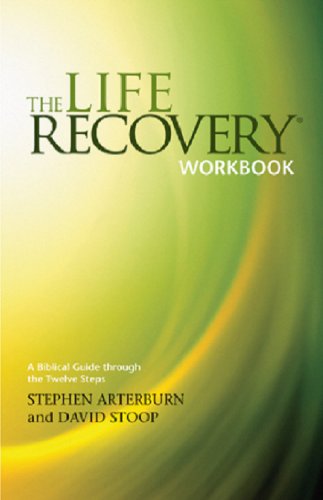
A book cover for The Life Recovery Workbook: A Biblical Guide through the Twelve Steps; Stephen Arterburn; Health, Fitness & Dieting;